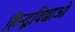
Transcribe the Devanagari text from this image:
हिन्दूविद्याओं